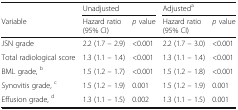
|  | <COLSPAN=2> Unadjusted | <COLSPAN=2> Adjusteda |
 | Variable | Hazard ratio (95% CI) | p value | Hazard ratio (95% CI) | p value |
 | --- | --- | --- | --- | --- |
 | JSN grade | 2.2 (1.7 – 2.9) | <0.001 | 2.2 (1.7 – 3.0) | <0.001 |
 | Total radiological score | 1.3 (1.1 – 1.4) | <0.001 | 1.3 (1.1 – 1.4) | <0.001 |
 | BML grade, b | 1.5 (1.2 – 1.7) | <0.001 | 1.5 (1.2 – 1.8) | <0.001 |
 | Synovitis grade, c | 1.5 (1.2 – 1.9) | 0.001 | 1.5 (1.2 – 1.9) | 0.001 |
 | Effusion grade, d | 1.3 (1.1 – 1.5) | 0.002 | 1.3 (1.1 – 1.5) | 0.001 |